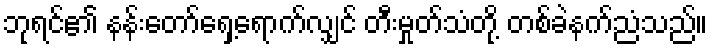
ဘုရင်၏ နန်းတော်ရှေ့ရောက်လျှင် တီးမှုတ်သံတို့ တစ်ခဲနက်ညံသည်။